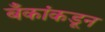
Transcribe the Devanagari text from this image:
बँकांकडून